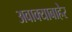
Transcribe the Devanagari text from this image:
अवाक्याबाहेर